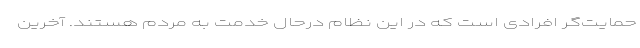
حمایت‌گر افرادی است که در این نظام درحال خدمت به مردم هستند. آخرین